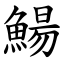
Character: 鰑